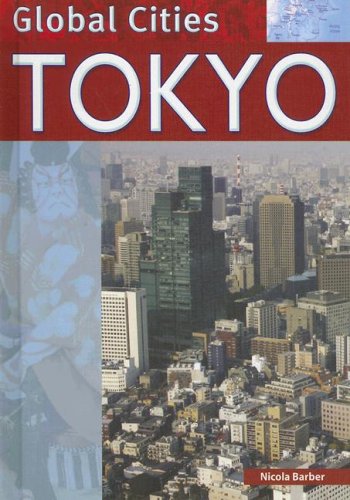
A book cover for Tokyo (Global Cities); Nicola Barber; Teen & Young Adult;